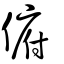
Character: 俯